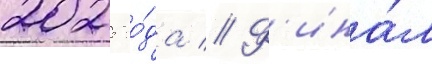
2025 го́да // Ф'ина́л